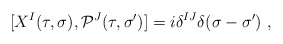
\begin{align*}[ X^I (\tau, \sigma), {\cal P}^J (\tau, \sigma') ]= i \delta^{IJ} \delta (\sigma - \sigma') ~,\end{align*}